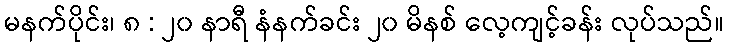
မနက်ပိုင်း၊ ၈ : ၂၀ နာရီ နံနက်ခင်း ၂၀ မိနစ် လေ့ကျင့်ခန်း လုပ်သည်။